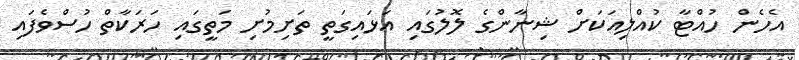
އެހެން ހުއްޓާ ކުއްލިއަކަށް ޝިނާންގެ ލޮލުގައި އަޅައިގަތީ ތަށިމުށި މަތީގައި ހަރަކާތް ހުސްވެފައި